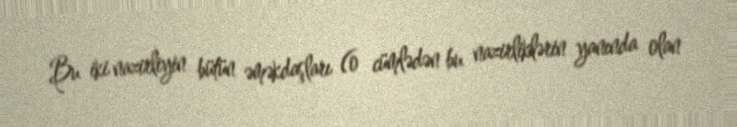
Bu iki nazirliyin bütün əməkdaşları (o cümlədən bu nazirliklərin yanında olan